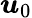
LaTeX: \boldsymbol{u}_{0}